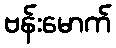
ဗန်းမောက်